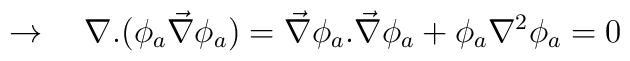
\rightarrow \ \ \ \nabla .(\phi_a\vec{\nabla} \phi_a )=\vec{\nabla} \phi_a.\vec{\nabla} \phi_a +\phi_a \nabla^2 \phi_a =0